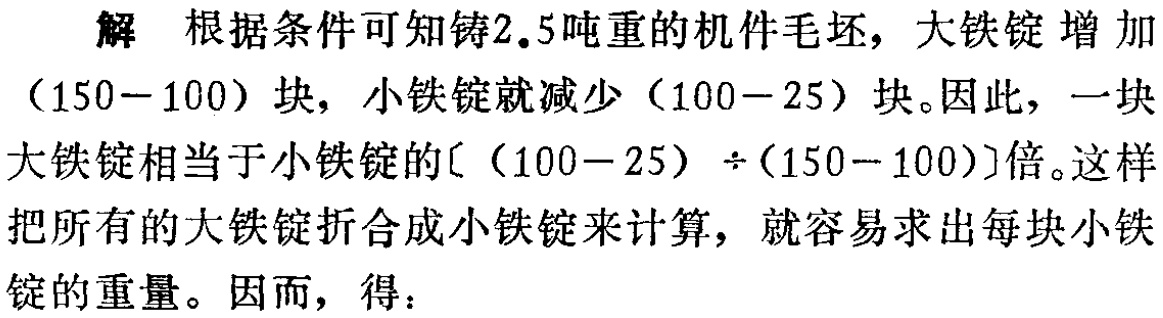
解 根据条件可知铸2.5吨重的机件毛坯，大铁锭 增加
（150−100）块，小铁锭就减少（100−25）块。因此，一块
大铁锭相当于小铁锭的〔（100−25）÷（150−100）〕倍。这样
把所有的大铁锭折合成小铁锭来计算，就容易求出每块小铁
锭的重量。因而，得：